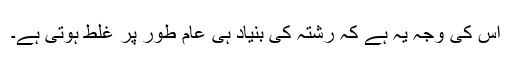
اس کی وجہ یہ ہے کہ رشتہ کی بنیاد ہی عام طور پر غلط ہوتی ہے۔